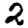
Digit: 2